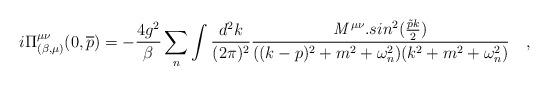
LaTeX: \begin{align*}i\Pi^{\mu\nu}_{(\beta,\mu)} (0,\overline p) = -\frac {4g^2}{\beta} \sum_{n}\int \frac{d^2k}{(2\pi)^2} \frac { {\mathit {M} }^{\mu\nu}. sin^2(\frac{\tilde p k}{2}) }{( (k-p)^2 + m^2 + \omega_{n}^2)(k^2 + m^2 +\omega_{n}^2 )} ~~~,\end{align*}